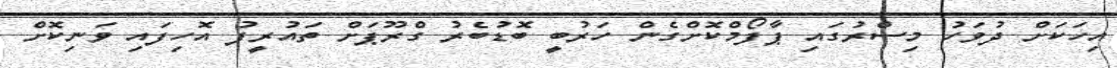
އިހަކަށް ދުވަހު މިސްރުގައި ޕާފޯމްކޮށްގެން ހަރުބީ ބޮޑުބެރު ގްރޫޕަށް ތައުރީފު އޮހިފައި ވަނިކޮށް